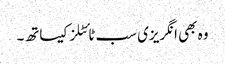
وہ بھی انگریزی سب ٹائٹلز کیساتھ۔